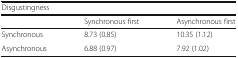
<table><thead><tr><td colspan="3"><b>Disgustingness</b></td></tr><tr><td></td><td><b>Synchronous first</b></td><td><b>Asynchronous first</b></td></tr></thead><tbody><tr><td>Synchronous</td><td>8.73 (0.85)</td><td>10.35 (1.12)</td></tr><tr><td>Asynchronous</td><td>6.88 (0.97)</td><td>7.92 (1.02)</td></tr></tbody></table>